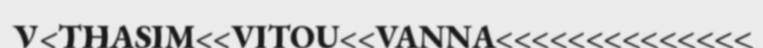
V<THASIM<<VITOU<<VANNA<<<<<<<<<<<<<<